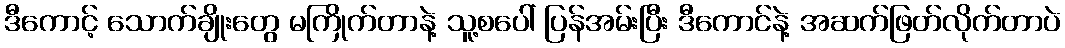
ဒီကောင့် သောက်ချိုးတွေ မကြိုက်တာနဲ့ သူ့စပေါ် ပြန်အမ်းပြီး ဒီကောင်နဲ့ အဆက်ဖြတ်လိုက်တာပဲ